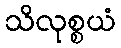
သိလုစ္စယံ